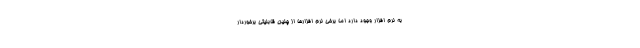
به نرم افزار وجود دارد اما برخی نرم افزارها از چنین قابلیتی برخوردار